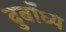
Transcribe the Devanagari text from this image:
दुर्बोंध्य